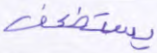
يستضعف